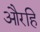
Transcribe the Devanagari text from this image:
औरहि